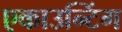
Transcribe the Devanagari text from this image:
एकाउन्टिंग